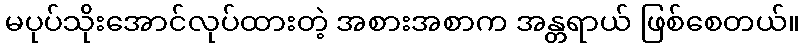
မပုပ်သိုးအောင်လုပ်ထားတဲ့ အစားအစာက အန္တရာယ် ဖြစ်စေတယ်။